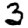
Digit: 3